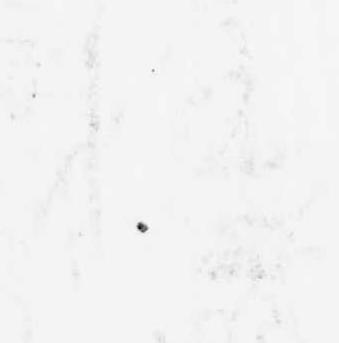
極